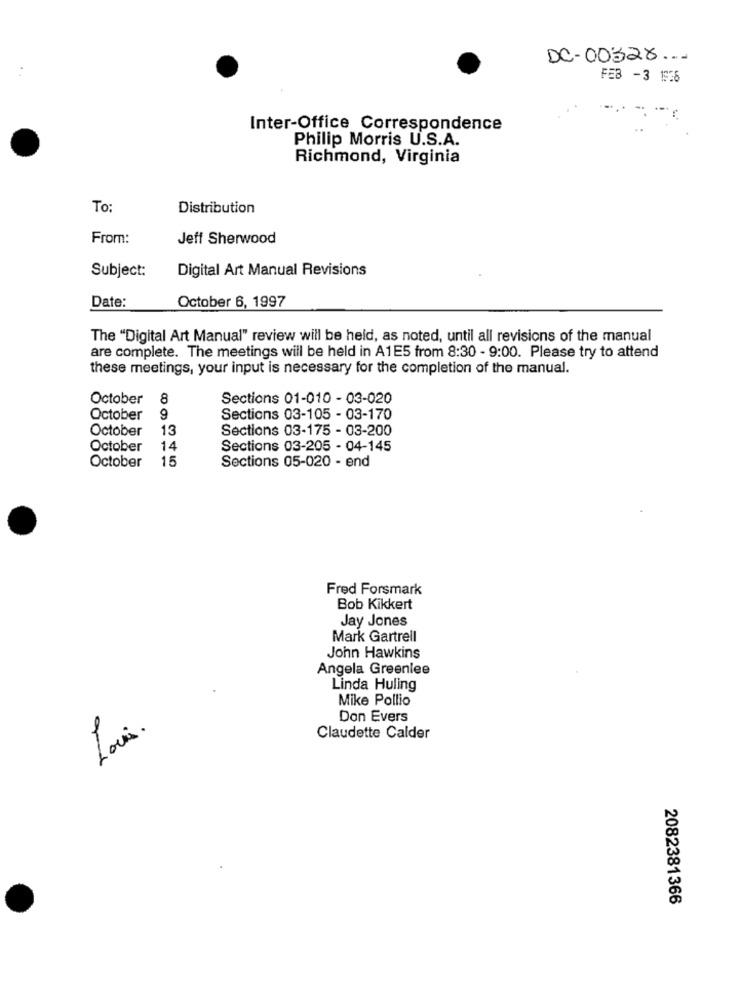
DC-00528 ...
FEB -3 1936
Inter-Office Correspondence
Philip Morris U.S.A.
Richmond, Virginia
To:
Distribution
From:
Jeff Sherwood
Subject:
Digital Art Manual Revisions
Date:
October 6, 1997
The "Digital Art Manual" review will be held, as noted, until all revisions of the manual
are complete. The meetings will be held in A1E5 from 8:30 - 9:00. Please try to attend
these meetings, your input is necessary for the completion of the manual.
October
8
Sections 01-010 - 03-020
October
9
Sections 03-105 - 03-170
October
13
Sections 03-175 - 03-200
October
14
Sections 03-205 - 04-145
October
15
Sections 05-020 - end
Fred Forsmark
Bob Kikkert
Jay Jones
Mark Gartrell
John Hawkins
Angela Greenlee
Linda Huling
Mike Pollio
Don Evers
Louis.
Claudette Calder
2082381366